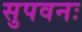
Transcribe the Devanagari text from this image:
सुपवनः